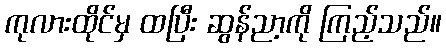
ကုလားထိုင်မှ ထပြီး ဆွန်ညာ့ကို ကြည့်သည်။